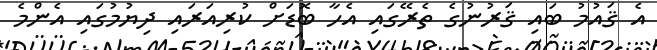
އެ ޤައުމު ބައި ޤަރުނުގެ ތެރޭގައި އެހާ ބޮޑަށް ކުރިއަރައި ދިޔުމުގައި އެންމެ